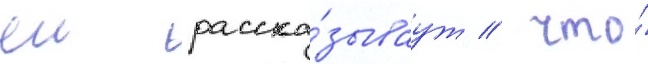
еи расска́зываут / что́